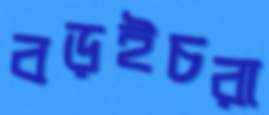
বড়ইচরা